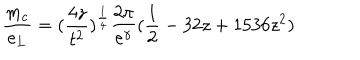
LaTeX: \frac { m _ { c } } { e _ { L } } = ( \frac { 4 z } { t ^ { 2 } } ) ^ { \frac { 1 } { 4 } } \frac { 2 \pi } { e ^ { \gamma } } ( \frac { 1 } { 2 } - 3 2 z + 1 5 3 6 z ^ { 2 } )